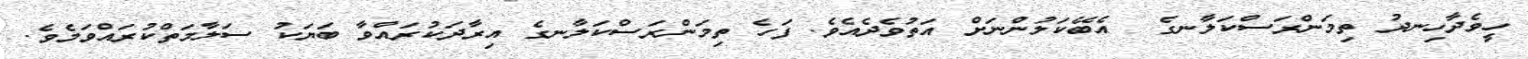
ހީވެދާހިނދު ތިމަންރަސްކަލާނގެ  އެބޭކަލުންނަށް އަތުވެދެއެވެ. ފަހެ ތިމަންރަސްކަލާނގެ އިރާދަކުރައްވާ ބަޔަކު ސަލާމަތްކުރައްވަމެވެ.